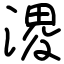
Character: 溭